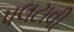
પલટાવી